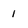
Character: 1